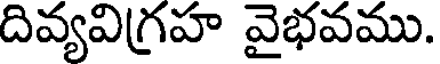
దివ్యవిగ్రహ వైభవము.